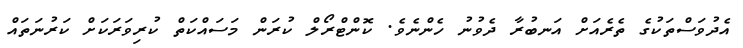
އެދުވަސްތަކުގެ ތެރެއަށް އަނބުރާ ދެވުނު ހެންނެވެ. ކޮންޓްރޯލް ކުރަން މަސައްކަތް ކުރިވަރަކަށް ކަރުނަތައް